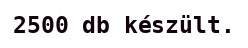
2500 db készült.